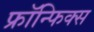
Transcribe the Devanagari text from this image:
फ्रॉन्फिक्स